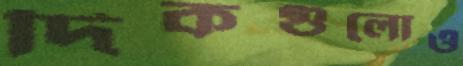
দিকগুলোও